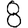
Digit: 8